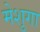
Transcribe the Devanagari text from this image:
मेशुगा